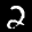
Label: 2